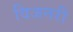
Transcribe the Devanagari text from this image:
विजनरी